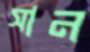
সান